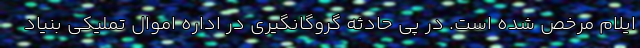
ایلام مرخص شده است. در پی حادثه گروگانگیری در اداره اموال تملیکی بنیاد